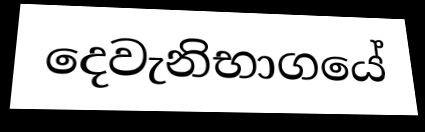
දෙවැනිභාගයේ